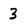
Character: 3